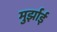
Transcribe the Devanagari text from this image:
मुर्झाई